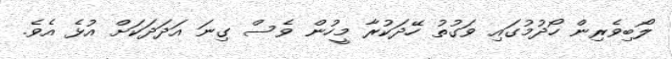
ލޯބިވެރިން ހޯދުމުގައި ވަގުތު ހޭދަކުރާ މީހުން ވެސް ގިނަ އަދަދަކަށް އުޅެ އެވެ.